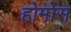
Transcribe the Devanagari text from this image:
होमोस